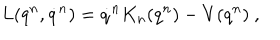
L ( q ^ { n } , \dot { q } ^ { n } ) = \dot { q } ^ { n } K _ { n } ( q ^ { n } ) - V ( q ^ { n } ) \ ,